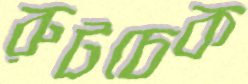
রুটচেক